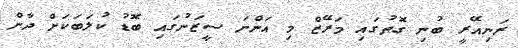
ރަނިއޭރީ ބުނި ގޮތުގައި މަރޭޒް މި އަންނަ ސީޒަނުގައި ބޮޑު ކުލަބަކަށް ދާން